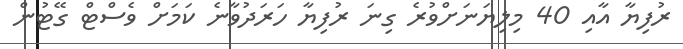
ރުފިޔާ އާއި 40 މިލިޔަނަށްވުރެ ގިނަ ރުފިޔާ ހަރަދުވާނެ ކަމަށް ވެސްޓް ގޭޓުން